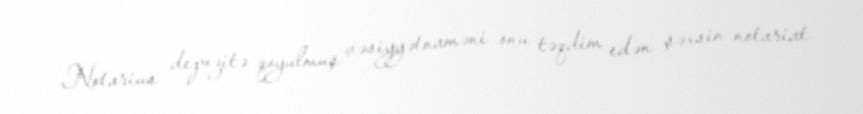
Notarius depozitə qoyulmuş vəsiyyətnaməni onu təqdim edən şəxsin notariat